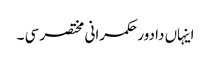
اینہاں دا دور حکمرانی مختصر سی ۔